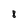
Character: 8